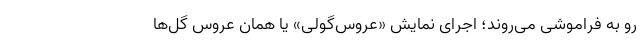
رو به فراموشی‌ می‌روند؛ اجرای نمایش «عروس‌گولی» یا همان عروس گل‌ها